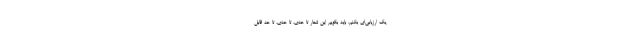
یک ارزیابی‌ای بکنم، باید بگویم این شعار تا حدّی، تا حدّی، تا حدّ قابل